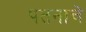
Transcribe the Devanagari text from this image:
पतनाचे